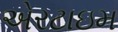
એરટાઇમ